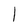
Character: 1